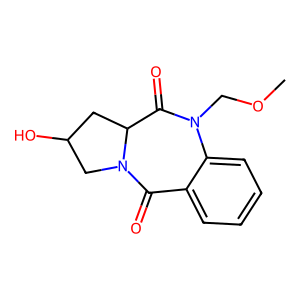
SMILES: COCN1C(=O)C2CC(O)CN2C(=O)c2ccccc21
Inhibits HIV replication: No